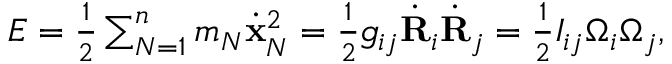
\begin{array} { r } { E = \frac 1 2 \sum _ { N = 1 } ^ { n } m _ { N } \dot { \bf x } _ { N } ^ { 2 } = \frac 1 2 g _ { i j } \dot { \bf R } _ { i } \dot { \bf R } _ { j } = \frac 1 2 I _ { i j } \Omega _ { i } \Omega _ { j } , } \end{array}